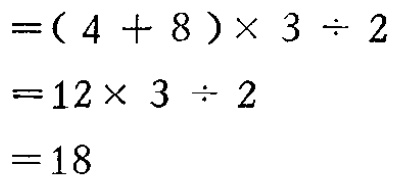
\[

\begin{align*}

&=(4 + 8)\times3\div2\\

&=12\times3\div2\\

&=18

\end{align*}

\]